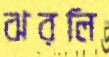
ঝরলি